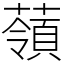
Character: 䕘